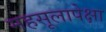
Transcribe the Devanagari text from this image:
महसूलापेक्षा